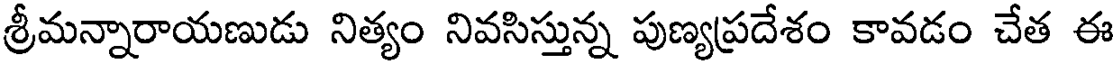
శ్రీమన్నారాయణుడు నిత్యం నివసిస్తున్న పుణ్యప్రదేశం కావడం చేత ఈ